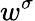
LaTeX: w^{\sigma}